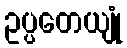
ဥပ္ပတေယျုံ